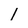
Character: 1